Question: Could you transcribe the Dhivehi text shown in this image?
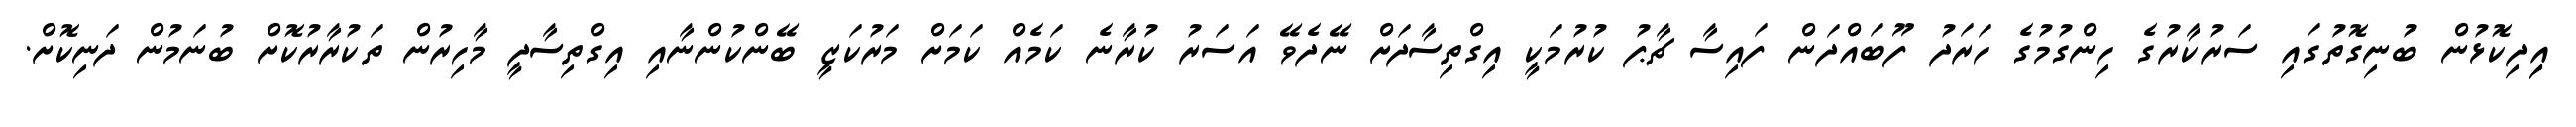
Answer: އިިދިކޮޅުން ބުނިގޮތުގައި ސަރުކާރުގެ ހިންގުމުގެ ހަރަދު ފޫބައްދަން ފައިސާ ޗާޕު ކުރުމަކީ އިގްތިސާދަށް ނޭދެވޭ އަސަރު ކުރާނެ ކަމެއް ކަމަށް މަރުކަޒީ ބޭންކުންނާއި އިގްތިސާދީ މާހިރުން ތަކުރާރުކޮށް ބުނަމުން ދަނިކޮށް.